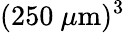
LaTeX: (250~\mu\mathrm{m})^{3}